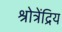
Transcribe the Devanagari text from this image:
श्रोत्रेंद्रिय